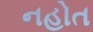
નહોત